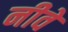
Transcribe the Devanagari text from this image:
नीवे